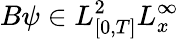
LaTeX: B\psi\in L_{[0,T]}^{2}L_{x}^{\infty}